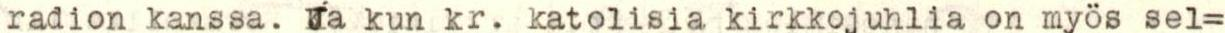
radion kanssa. Ja kun kr. katolisia kirkkojuhlia on myös sel=